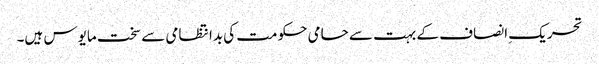
تحریک ِانصاف کے بہت سے حامی حکومت کی بدانتظامی سے سخت مایوس ہیں۔